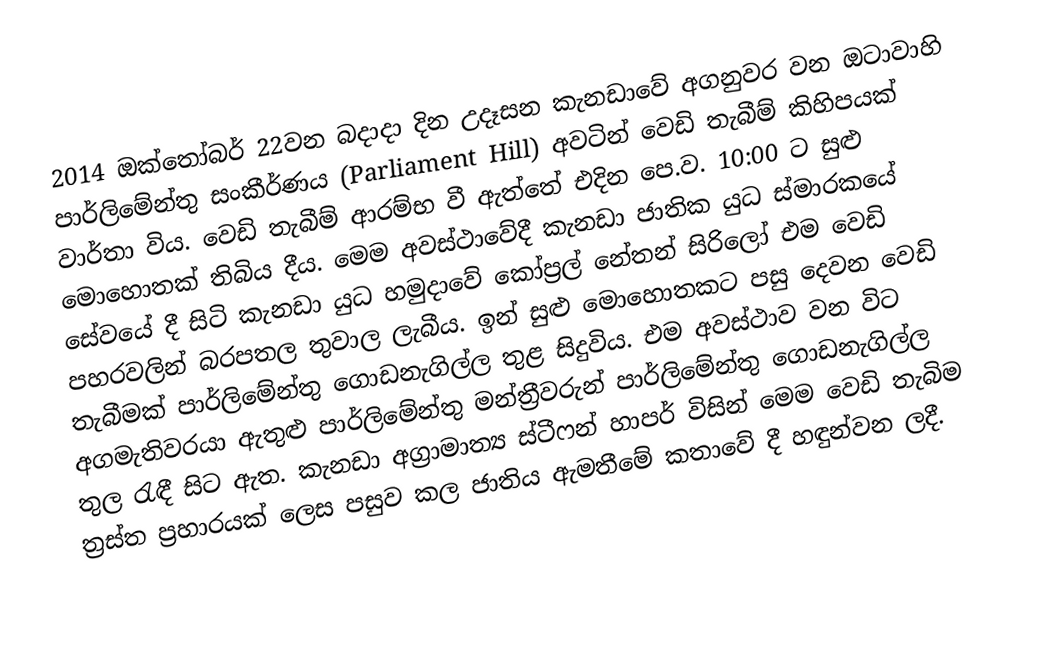
2014 ඔක්තෝබර් 22වන බදාදා දින උදෑසන කැනඩාවේ අගනුවර වන ඔටාවාහි පාර්ලිමේන්තු සංකීර්ණය (Parliament Hill) අවටින් වෙඩි තැබීම් කිහිපයක් වාර්තා විය. වෙඩි තැබීම් ආරම්භ වී ඇත්තේ එදින පෙ.ව. 10:00 ට සුළු මොහොතක් තිබිය දීය. මෙම අවස්ථාවේදී කැනඩා ජාතික යුධ ස්මාරකයේ සේවයේ දී සිටි කැනඩා යුධ හමුදාවේ කෝප්‍රල් නේතන් සිරිලෝ එම වෙඩි පහරවලින් බරපතල තුවාල ලැබීය. ඉන් සුළු මොහොතකට පසු දෙවන වෙඩි තැබීමක් පාර්ලිමේන්තු ගොඩනැගිල්ල තුළ සිදුවිය. එම අවස්ථාව වන විට අගමැතිවරයා ඇතුළු පාර්ලිමේන්තු මන්ත්‍රීවරුන් පාර්ලිමේන්තු ගොඩනැගිල්ල තුල රැඳී සිට ඇත. කැනඩා අග්‍රාමාත්‍ය ස්ටීෆන් හාපර් විසින් මෙම වෙඩි තැබිම ත්‍රස්ත ප්‍රහාරයක් ලෙස පසුව කල ජාතිය ඇමතීමේ කතාවේ දී හඳුන්වන ලදී.